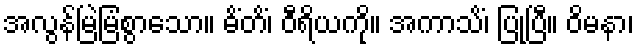
အလွန်မြဲမြံစွာသော။ ဓိံတိံ၊ ဝီရိယကို။ အကာသိံ၊ ပြုပြီ။ ဝိမနာ၊